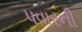
પવારની